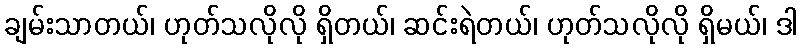
ချမ်းသာတယ်၊ ဟုတ်သလိုလို ရှိတယ်၊ ဆင်းရဲတယ်၊ ဟုတ်သလိုလို ရှိမယ်၊ ဒါ